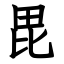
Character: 毘